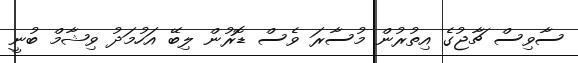
ސާވިސް ޗާޖުގެ އިތުރުން މުސާރަ ވެސް ޑޮރުން ލިބޭ އަހުމަދު ވިޝާމް ބުނީ